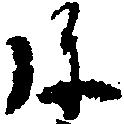
弥